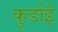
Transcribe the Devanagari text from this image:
कुर्डाई